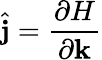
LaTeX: {\hat{\mathbf j}}=\frac{\partial H}{\partial{\mathbf k}}